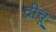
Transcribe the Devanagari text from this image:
द्रीचू